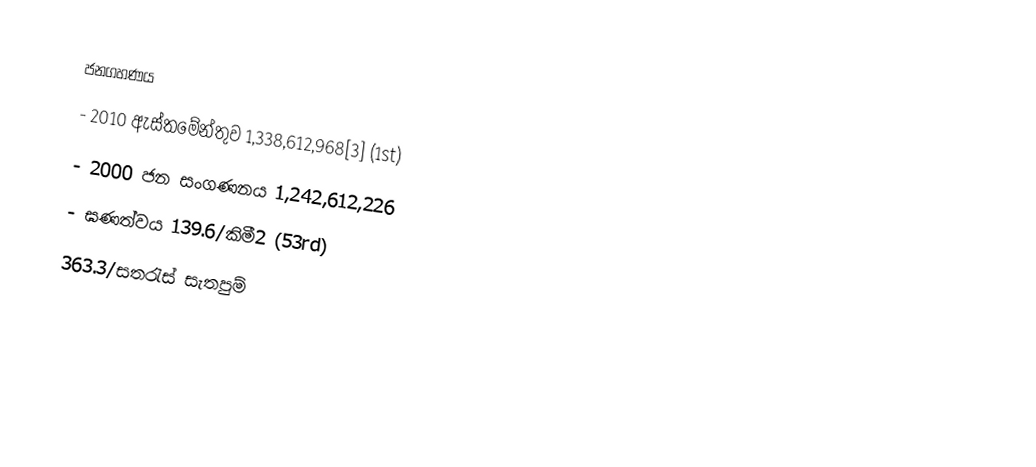
ජනගහණය
 -  	                      2010 ඇස්තමේන්තුව 	1,338,612,968[3] (1st)
 -  	                      2000 ජන සංගණනය 	1,242,612,226
 -  	                       ඝණත්වය 	139.6/කිමී2 (53rd)
                            363.3/සතරැස් සැතපුම්